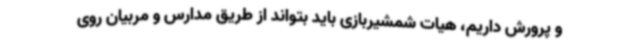
و پرورش داریم، هیات شمشیربازی باید بتواند از طریق مدارس و مربیان روی